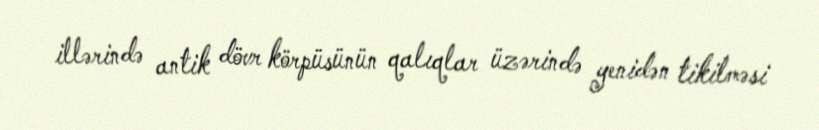
illərində antik dövr körpüsünün qalıqlar üzərində yenidən tikilməsi